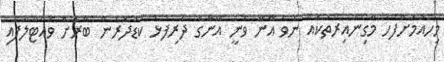
މިހެއުމަށްފަހު މާގިނައިރުތަކެއް ނުވެ އޭނާ ވަނީ އޭނާގެ ދަރިފުޅު ކުޑަދޮރުން ބޭރަށް ވައްޓާލާފައި